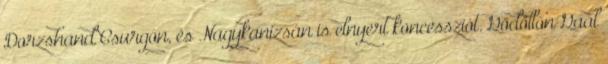
Dorzshand Csurgón, és Nagykanizsán is elnyert koncessziót. Gödöllőn Gaál